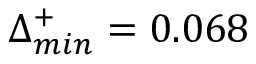
\Delta _ { m i n } ^ { + } = 0 . 0 6 8